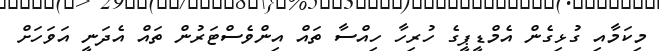
މިކަމާއި ގުޅިގެން އެމްޑީޕީގެ ހުރިހާ ހިއްސާ ތައް އިންވެސްޓަރުން ތައް އެދަނީ އަވަހަށް